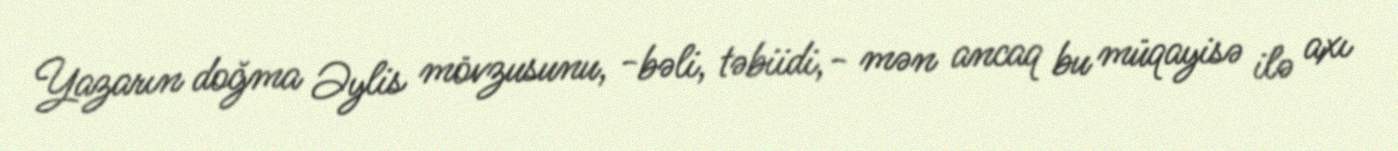
Yazarın doğma Əylis mövzusunu, -bəli, təbiidi,- mən ancaq bu müqayisə ilə axı